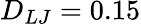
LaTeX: D_{LJ}=0.15